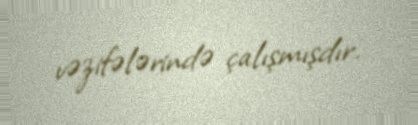
vəzifələrində çalışmışdır.